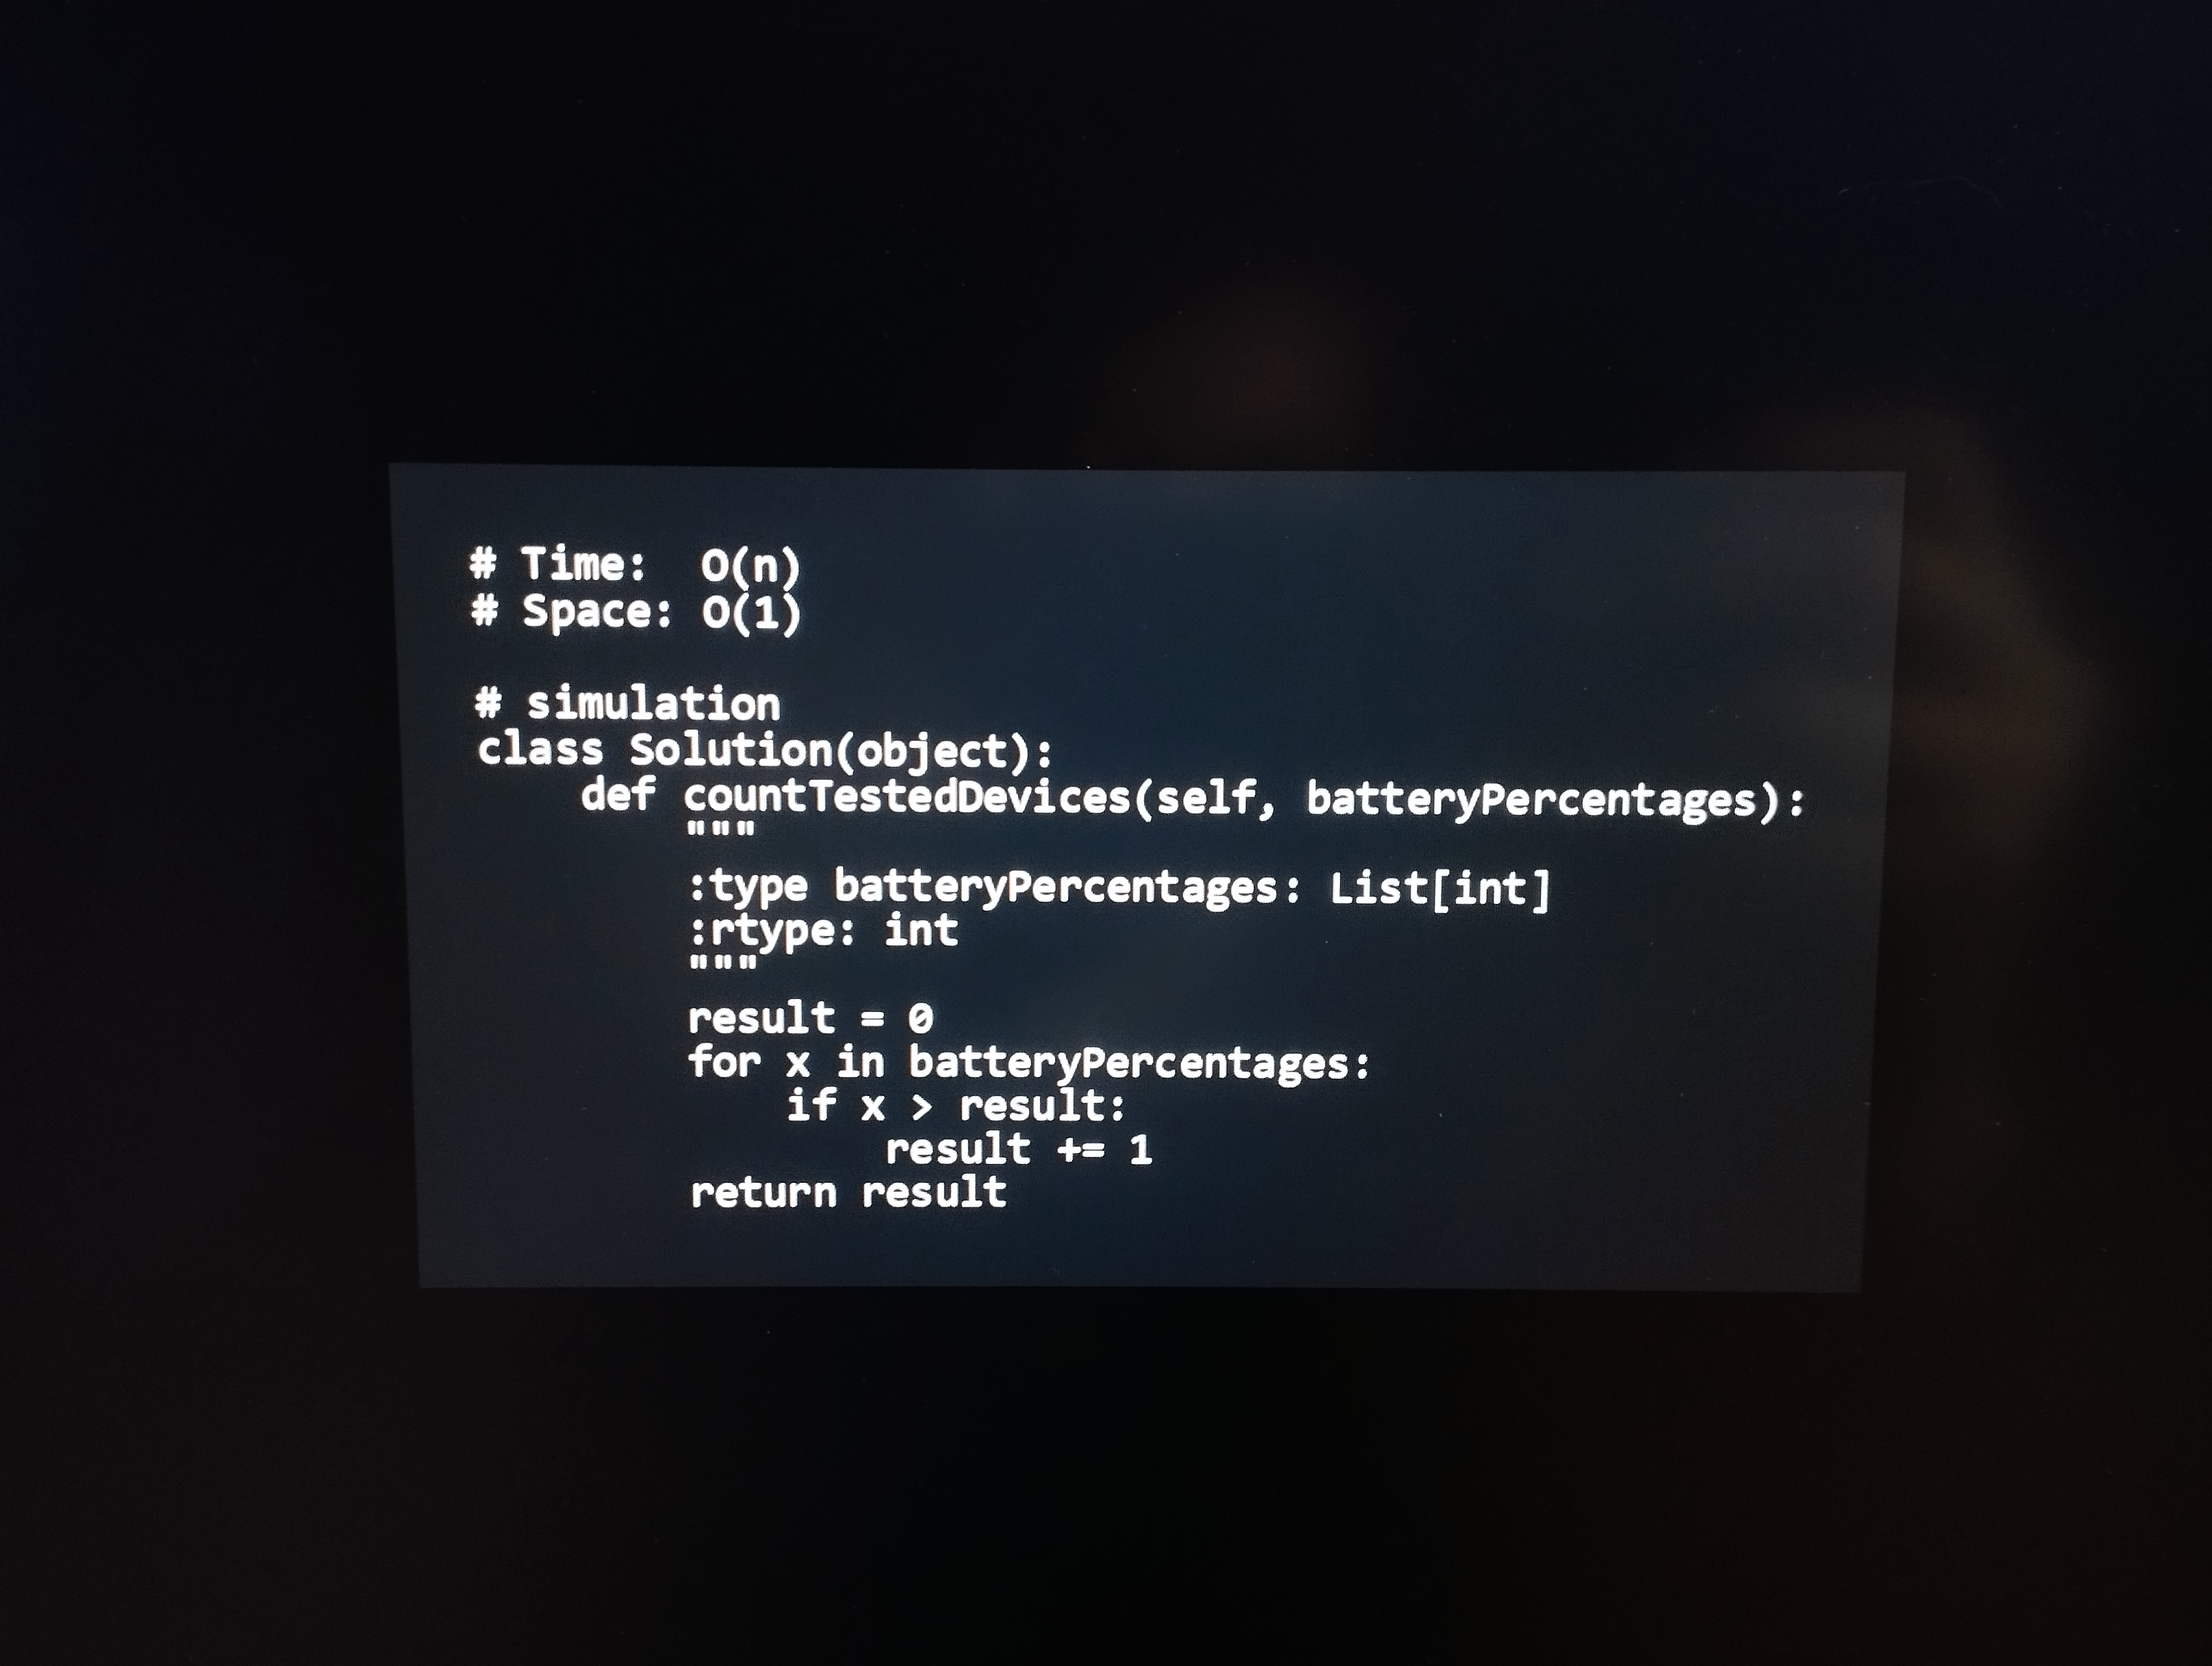
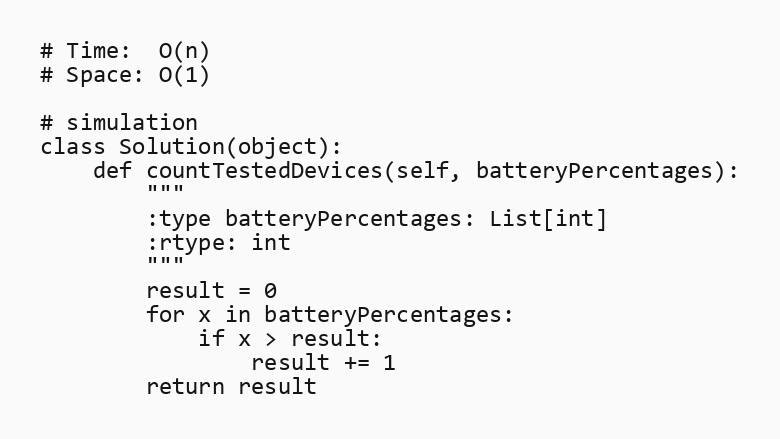
# Time:  O(n)
# Space: O(1)

# simulation
class Solution(object):
    def countTestedDevices(self, batteryPercentages):
        """
        :type batteryPercentages: List[int]
        :rtype: int
        """
        result = 0
        for x in batteryPercentages:
            if x > result:
                result += 1
        return result